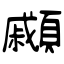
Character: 顣